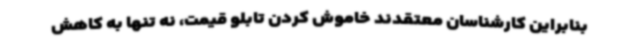
بنابراین کارشناسان معتقدند خاموش کردن تابلو قیمت، نه تنها به کاهش